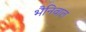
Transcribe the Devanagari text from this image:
भैनिवाल